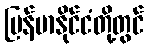
မြန်မာနိုင်ငံတို့တွင်